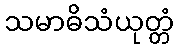
သမာဓိသံယုတ္တံ